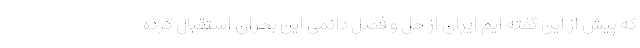
که پیش از این گفته ایم ایران از حل و فصل دائمی این بحران استقبال کرده